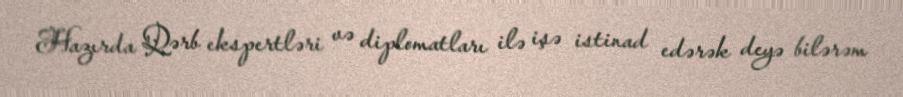
Hazırda Qərb ekspertləri və diplomatları ilə işə istinad edərək deyə bilərəm